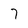
Character: 7